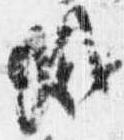
減